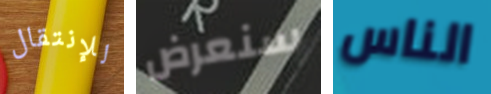
للإنتقال سنعرض الناس